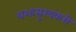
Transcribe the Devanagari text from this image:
यशःसुखकरी